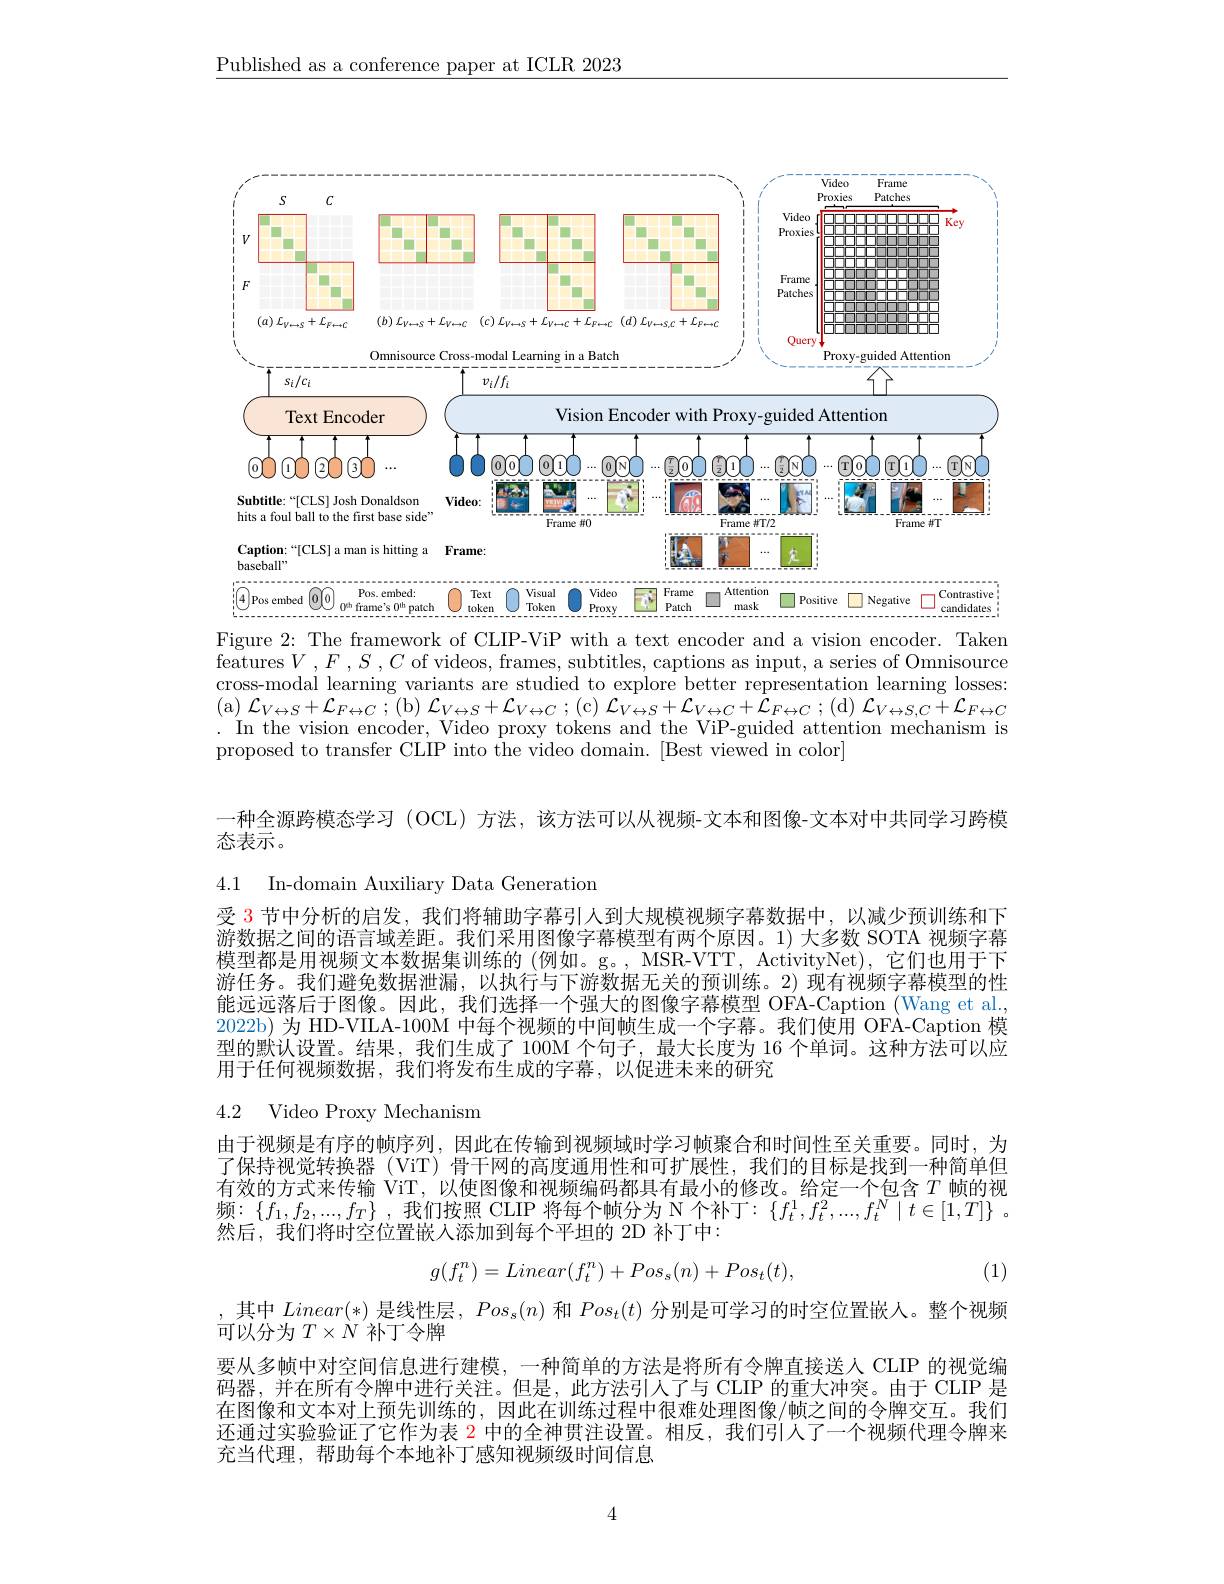
$\underline{\text{Published as a conference paper at ICLR 2023}}$

<FigureHere>

Figure 2: The framework of CLIP-ViP with a text encoder and a vision encoder. Taken

features$V,F,S,C$ of videos, frames, subtitles, captions as input, a series of Omnisource cross-modal learning variants are studied to explore better representation learning losses: $\begin{array}{c}{\mathrm{(a)~}\mathcal{L}_{V\leftrightarrow S}+\mathcal{L}_{F\leftrightarrow C};(b)~\mathcal{L}_{V\leftrightarrow S}+\mathcal{L}_{V\leftrightarrow C};(c)~\mathcal{L}_{V\leftrightarrow S}+\mathcal{L}_{V\leftrightarrow C}+\bar{\mathcal{L}}_{F\leftrightarrow C};(d)~\mathcal{L}_{V\leftrightarrow S,C}+\mathcal{L}_{F\leftrightarrow C}}\\{\mathrm{I}_{V\leftrightarrow S}+\mathcal{L}_{F\leftrightarrow C};(b)~\mathcal{L}_{V\leftrightarrow S}+\mathcal{L}_{V\leftrightarrow C};(c)~\mathcal{L}_{V\leftrightarrow S,C},(c)~(c)~(c)~(c)~(c)~(c)~(c)~(c)~(c)~(c)~(c)~(c)~(c)~(c)~(c)~}\end{array}$
In the vision encoder, Video proxy tokens and the ViP-guided attention mechanism is
proposed to transfer CLIP into the video domain. [Best viewed in color]

一种全源跨模态学习 (OCL) 方法，该方法可以从视频-文本和图像-文本对中共同学习跨模
态表示。

4.1 In-domain Auxiliary Data Generation

受 3 节中分析的启发，我们将辅助字幕引人到大规模视频字幕数据中，以减少预训练和下游数据之间的语言域差距。我们采用图像字幕模型有两个原因。1) 大多数 SOTA 视频字幕模型都是用视频文本数据集训练的(例如。g。,MSR-VTT, ActivityNet),它们也用于下游任务。我们避免数据泄漏，以执行与下游数据无关的预训练。2) 现有视频字幕模型的性能远远落后于图像。因此，我们选择一个强大的图像字幕模型 OFA-Caption (Wang et al. 2022b) 为 HD-VIILA-100M 中每个视频的中间帧生成一个字幕。我们使用 OFA-Caption 模型的默认设置。结果，我们生成了 100M 个句子，最大长度为 16 个单词。这种方法可以应用于任何视频数据，我们将发布生成的字幕，以促进未来的研究

4.2 Video Proxy Mechanism

由于视频是有序的帧序列，因此在传输到视频域时学习帧聚合和时间性至关重要。同时，为了保持视觉转换器 (ViT) 骨干网的高度通用性和可扩展性，我们的目标是找到一种简单但有效的方式来传输 ViT, 以使图像和视频编码都具有最小的修改。给定一个包含$T$帧的视频$:\left\{f_{1},f_{2},...,f_{T}\right\}$,我们按照 CLIP 将每个帧分为 N 个补丁$:\left\{f_{t}^{1},f_{t}^{2},...,f_{t}^{N}\mid t\in[1,T]\right\}.$ 然后，我们将时空位置嵌人添加到每个平坦的 2D 补丁中：
$$g(f_t^n)=Linear(f_t^n)+Pos_s(n)+Pos_t(t),$$
(1)

,其中$Linear(*)$是线性层，$Pos_s(n)$和$Pos_t(t)$分别是可学习的时空位置嵌人。整个视频
可以分为$T\times N$补丁令牌
要从多帧中对空间信息进行建模，一种简单的方法是将所有令牌直接送入 CLIP 的视觉编码器，并在所有令牌中进行关注。但是，此方法引人了与 CLIP 的重大冲突。由于 CLIP 是在图像和文本对上预先训练的，因此在训练过程中很难处理图像/帧之间的令牌交互。我们还通过实验验证了它作为表$\color{red}{2}$中的全神贯注设置。相反，我们引人了一个视频代理令牌来充当代理，帮助每个本地补丁感知视频级时间信息

4